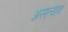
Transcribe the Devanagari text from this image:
असत्यव